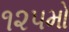
૧૨૫મો